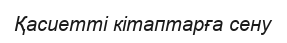
Қасиетті кітаптарға сену